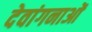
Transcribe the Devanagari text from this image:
देवांगनाओं